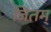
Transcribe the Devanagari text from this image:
जितम्